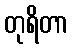
တုရိတာ